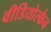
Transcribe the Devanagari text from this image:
वीडियोस्कैन